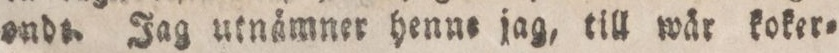
onde. Jag utnämner henne jag, till wär koker=